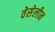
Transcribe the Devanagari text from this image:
वेसेलीन